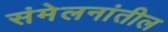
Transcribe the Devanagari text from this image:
संमेलनांतील